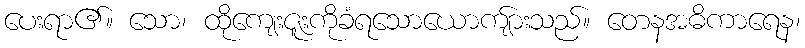
ပေးရာ၏။ သော၊ ထိုကျေးဇူးကိုခံရသောယောကျ်ားသည်။ တေနအဓိကာရေန၊